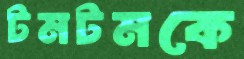
টমটমকে